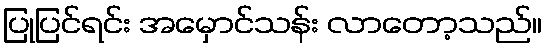
ပြုပြင်ရင်း အမှောင်သန်း လာတော့သည်။